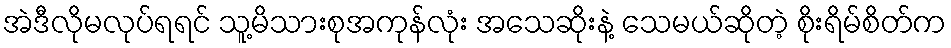
အဲဒီလိုမလုပ်ရရင် သူ့မိသားစုအကုန်လုံး အသေဆိုးနဲ့ သေမယ်ဆိုတဲ့ စိုးရိမ်စိတ်က